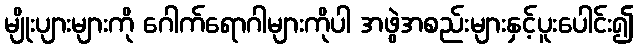
မျိုးပျားများကို ဂေါက်ရောဂါများကိုပါ အဖွဲအစည်းများနှင့်ပူးပေါင်း၍